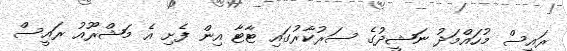
ރައީސް މުހައްމަދު ނަޝީދުގެ ސަރުކާރުގައި ޓާޓާ އިން ފެށި އެ މަޝްރޫއު ރައީސް